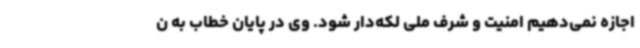
اجازه نمی‌دهیم امنیت و شرف ملی لکه‌دار شود. وی در پایان خطاب به ن